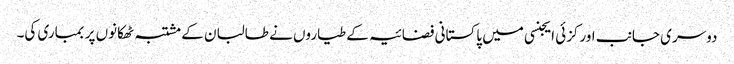
دوسری جانب اورکزئی ایجنسی میں پاکستانی فضائیہ کے طیاروں نے طالبان کے مشتبہ ٹھکانوں پر بمباری کی۔